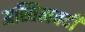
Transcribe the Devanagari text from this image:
अस्तित्ववदी